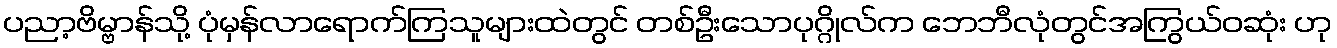
ပညာ့ဗိမ္ဗာန်သို့ ပုံမှန်လာရောက်ကြသူများထဲတွင် တစ်ဦးသောပုဂ္ဂိုလ်က ဘေဘီလုံတွင်အကြွယ်ဝဆုံး ဟု